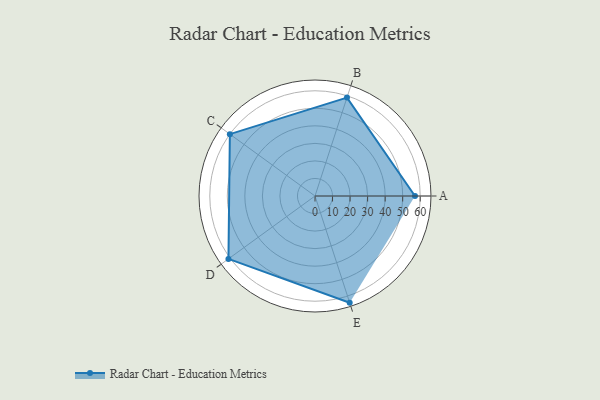
{"axis": {"x": "Skill", "y": "Score"}, "legend": ["Profile"], "data": [{"x": "A", "y": 57.0, "type": "Profile"}, {"x": "B", "y": 59.0, "type": "Profile"}, {"x": "C", "y": 60.0, "type": "Profile"}, {"x": "D", "y": 61.0, "type": "Profile"}, {"x": "E", "y": 64.0, "type": "Profile"}]}